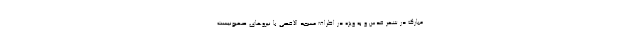
مبارک در شهر قدس و به ویژه در اطراف مسجد الاقصی با نیرو‌های صهیونیست